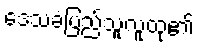
ဒေသခံပြည်သူလူထု၏